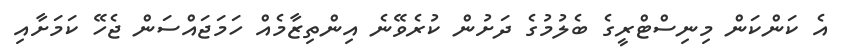
އެ ކަންކަން މިނިސްޓްރީގެ ބެލުމުގެ ދަށުން ކުރެވޭނެ އިންތިޒާމެއް ހަމަޖައްސަން ޖެހޭ ކަމަށާއި